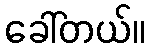
ခေါ်တယ်။